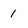
Character: 1